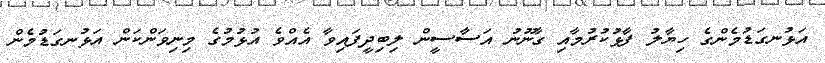
އަޅުނގަޑުމެންގެ ހިޔާލު ފާޅުކުރުމާއި ގާނޫނު އަސާސީން ލިބިދީފައިވާ އެއްވެ އުޅުމުގެ މިނިވަންކަން އަޅުނގަޑުމެން